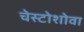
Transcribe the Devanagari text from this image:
चेस्टोशोवा